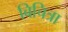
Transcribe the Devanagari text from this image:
बिचित्रा